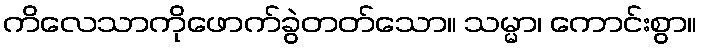
ကိလေသာကိုဖောက်ခွဲတတ်သော။ သမ္မာ၊ ကောင်းစွာ။